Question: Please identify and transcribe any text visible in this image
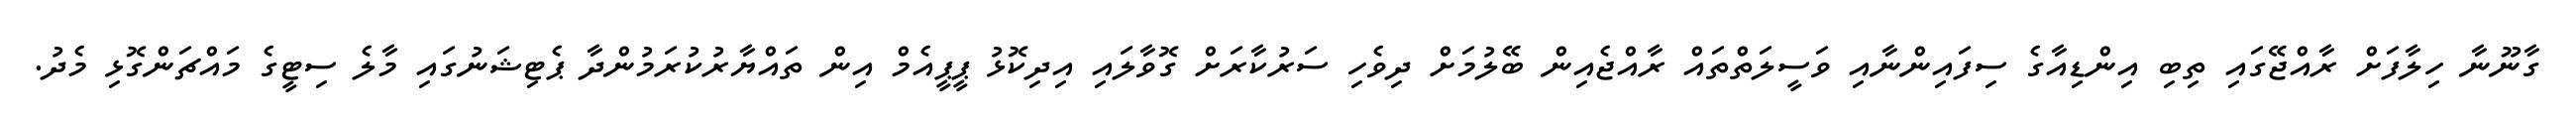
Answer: ގާނޫނާ ހިލާފަށް ރާއްޖޭގައި ތިބި އިންޑިއާގެ ސިފައިންނާއި ވަސީލަތްތައް ރާއްޖެއިން ބޭލުމަށް ދިވެހި ސަރުކާރަށް ގޮވާލައި އިދިކޮޅު ޕީޕީއެމް އިން ތައްޔާރުކުރަމުންދާ ޕެޓިޝަނުގައި މާލެ ސިޓީގެ މައްޗަންގޮޅި މެދު.